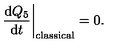
\left. \frac { \mathrm { d } Q _ { 5 } } { \mathrm { d } t } \right| _ { \mathrm { c l a s s i c a l } } = 0 .